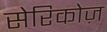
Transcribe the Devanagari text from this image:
सेरिकोज़